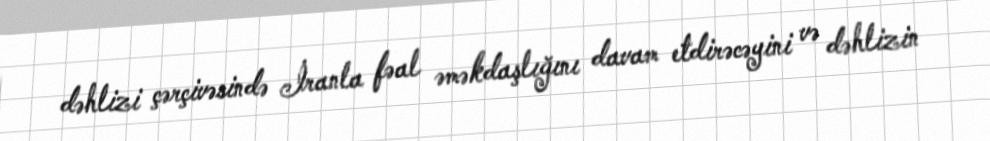
dəhlizi çərçivəsində İranla fəal əməkdaşlığını davam etdirəcəyini və dəhlizin